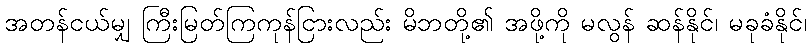
အတန်ငယ်မျှ ကြီးမြတ်ကြကုန်ငြားလည်း မိဘတို့၏ အဖို့ကို မလွန် ဆန်နိုင်၊ မခုခံနိုင်၊